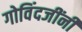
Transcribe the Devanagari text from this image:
गोविंदजींनी